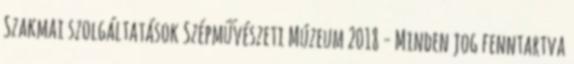
Szakmai szolgáltatások Szépművészeti Múzeum 2018 - Minden jog fenntartva